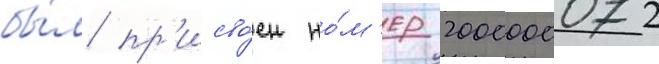
бы́л пр'исво́ен но́м'ер 2000000072